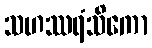
သဟဿရံသိကော